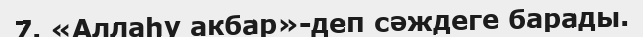
7. «Аллаһу акбар»-деп сәждеге барады.